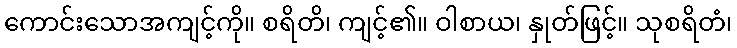
ကောင်းသောအကျင့်ကို။ စရိတိ၊ ကျင့်၏။ ဝါစာယ၊ နှုတ်ဖြင့်။ သုစရိတံ၊